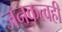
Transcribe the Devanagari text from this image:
जनकत्वही